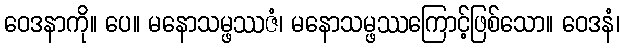
ဝေဒနာကို။ ပေ။ မနောသမ္ဖဿဇံ၊ မနောသမ္ဖဿကြောင့်ဖြစ်သော။ ဝေဒနံ၊